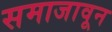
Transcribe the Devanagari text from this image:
समाजावून